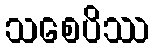
သစေပိဿ